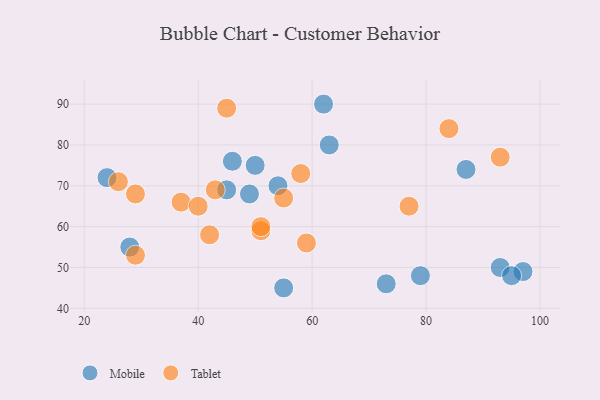
{"axis": {"x": "GDP", "y": "Life Expectancy"}, "legend": ["Mobile", "Tablet"], "data": [{"x": "93", "y": 50, "type": "Mobile"}, {"x": "54", "y": 70, "type": "Mobile"}, {"x": "87", "y": 74, "type": "Mobile"}, {"x": "73", "y": 46, "type": "Mobile"}, {"x": "97", "y": 49, "type": "Mobile"}, {"x": "45", "y": 69, "type": "Mobile"}, {"x": "46", "y": 76, "type": "Mobile"}, {"x": "95", "y": 48, "type": "Mobile"}, {"x": "63", "y": 80, "type": "Mobile"}, {"x": "62", "y": 90, "type": "Mobile"}, {"x": "28", "y": 55, "type": "Mobile"}, {"x": "55", "y": 45, "type": "Mobile"}, {"x": "49", "y": 68, "type": "Mobile"}, {"x": "50", "y": 75, "type": "Mobile"}, {"x": "24", "y": 72, "type": "Mobile"}, {"x": "79", "y": 48, "type": "Mobile"}, {"x": "84", "y": 84, "type": "Tablet"}, {"x": "45", "y": 89, "type": "Tablet"}, {"x": "51", "y": 59, "type": "Tablet"}, {"x": "59", "y": 56, "type": "Tablet"}, {"x": "29", "y": 53, "type": "Tablet"}, {"x": "77", "y": 65, "type": "Tablet"}, {"x": "26", "y": 71, "type": "Tablet"}, {"x": "55", "y": 67, "type": "Tablet"}, {"x": "42", "y": 58, "type": "Tablet"}, {"x": "43", "y": 69, "type": "Tablet"}, {"x": "37", "y": 66, "type": "Tablet"}, {"x": "29", "y": 68, "type": "Tablet"}, {"x": "93", "y": 77, "type": "Tablet"}, {"x": "51", "y": 60, "type": "Tablet"}, {"x": "40", "y": 65, "type": "Tablet"}, {"x": "58", "y": 73, "type": "Tablet"}]}